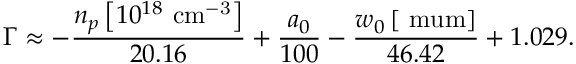
\Gamma \approx - \frac { n _ { p } \left[ 1 0 ^ { 1 8 } \ \mathrm { c m ^ { - 3 } } \right] } { 2 0 . 1 6 } + \frac { a _ { 0 } } { 1 0 0 } - \frac { w _ { 0 } \left[ \mathrm { \ m u m } \right] } { 4 6 . 4 2 } + 1 . 0 2 9 .